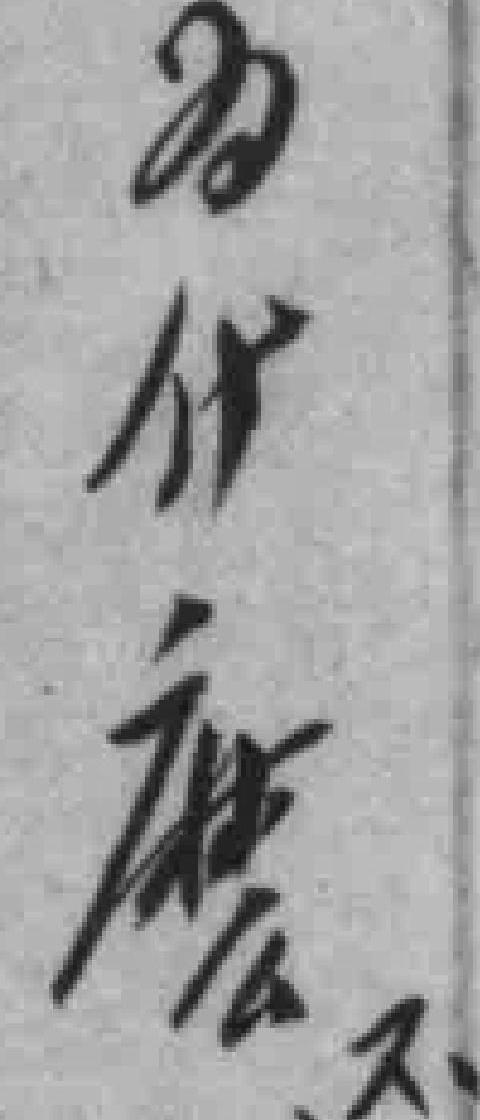
为什麽不